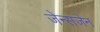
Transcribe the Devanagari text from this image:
जेन्सजेन